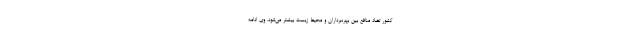
کشور تضاد منافع بین بهره‌برداران و محیط زیست بیشتر می‌شود. وی ادامه